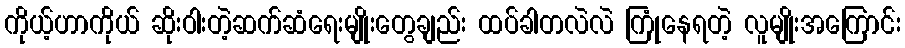
ကိုယ့်ဟာကိုယ် ဆိုးဝါးတဲ့ဆက်ဆံရေးမျိုးတွေချည်း ထပ်ခါတလဲလဲ ကြုံနေရတဲ့ လူမျိုးအကြောင်း